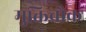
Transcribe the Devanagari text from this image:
मुक्तिचौक